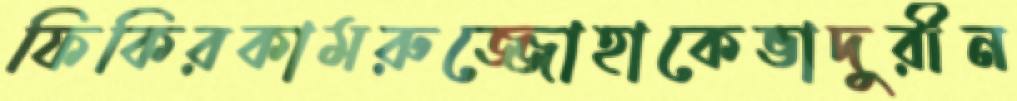
ফিকিরকামরুজ্জোহাকেভাদুরীন